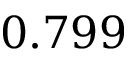
0 . 7 9 9